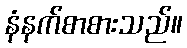
နံနက်စာစားသည်။